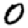
Digit: 0